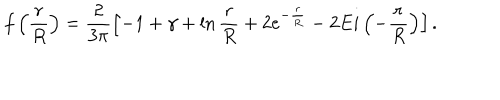
f \left( \frac { r } { R } \right) = \frac { 2 } { 3 \pi } \left[ - 1 + \gamma + \ln \frac { r } { R } + 2 e ^ { - \frac { r } { R } } - 2 E i \left( - \frac { r } { R } \right) \right] .